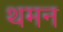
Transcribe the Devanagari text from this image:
थमन